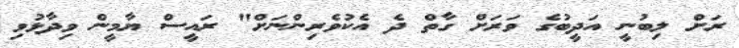
ރަށް ލިބުނީ އަދީބުގެ ވަރަށް ގާތް ދެ އެކުވެރިންނަށް" ރައީސް ޔާމީން ވިދާޅުވި